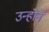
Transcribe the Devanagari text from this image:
उन्हॊंने